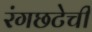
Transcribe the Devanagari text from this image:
रंगछटेची